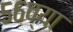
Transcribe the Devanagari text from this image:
५६व्या